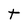
Character: t